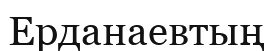
Ерданаевтың